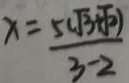
x = \frac { 5 ( \sqrt { 3 } + \sqrt { 2 } ) } { 3 - 2 }